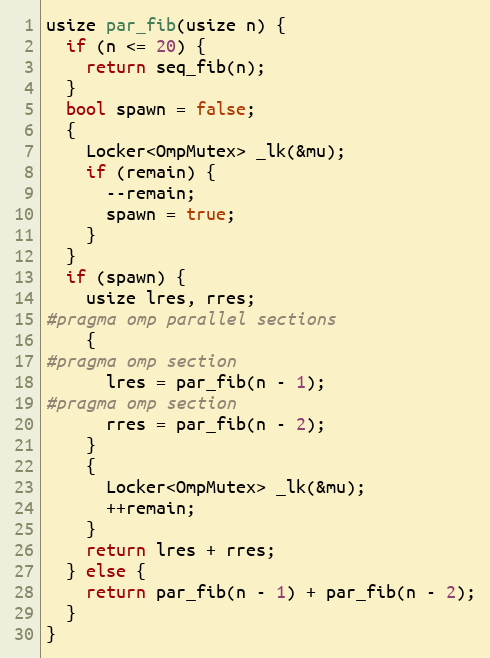
Language: C++
usize par_fib(usize n) {
  if (n <= 20) {
    return seq_fib(n);
  }
  bool spawn = false;
  {
    Locker<OmpMutex> _lk(&mu);
    if (remain) {
      --remain;
      spawn = true;
    }
  }
  if (spawn) {
    usize lres, rres;
#pragma omp parallel sections
    {
#pragma omp section
      lres = par_fib(n - 1);
#pragma omp section
      rres = par_fib(n - 2);
    }
    {
      Locker<OmpMutex> _lk(&mu);
      ++remain;
    }
    return lres + rres;
  } else {
    return par_fib(n - 1) + par_fib(n - 2);
  }
}